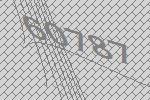
60787